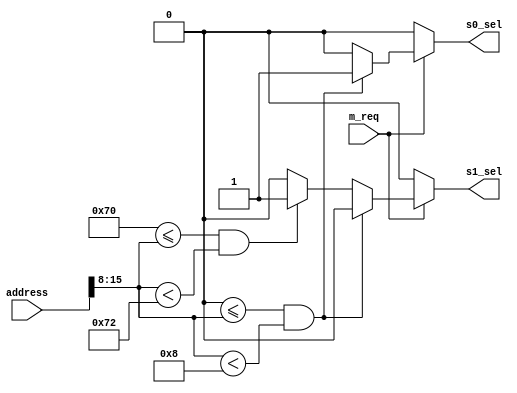
module bus_addr(address, s0_sel, s1_sel, m_req); // address decoder
	
	// input port & output ports
	input [15:0] address;
	input m_req;
	output reg s0_sel, s1_sel;
	
	wire [7:0] upper_8bit;
	
	assign upper_8bit = address[15:8]; // Save upper 8 bits only
	
	always @ (*) begin		
		if(m_req) begin		
			if(8'h00 <= upper_8bit && upper_8bit < 8'h08) 		{s0_sel, s1_sel} = 2'b10;	// s0_sel = 1'b1, s1_sel = 1'b0
			else if(8'h70 <= upper_8bit && upper_8bit < 8'h72) {s0_sel, s1_sel} = 2'b01;	// s0_sel = 1'b0, s1_sel = 1'b1
			else 																{s0_sel, s1_sel} = 2'b00;	// s0_sel = 1'b0, s1_sel = 1'b0
		end
		else {s0_sel, s1_sel} = 2'b00;
	end
	
endmodule